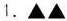
l。▲▲